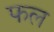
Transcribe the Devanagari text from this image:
फल